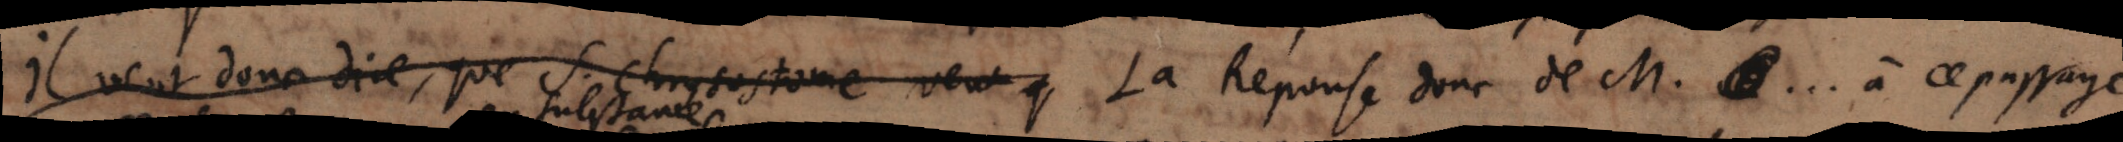
il veut donc dire, que si Chysostome veut q La réponse donc de M. ... à ce passage